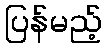
ပြန်မည့်